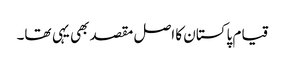
قیام پاکستان کا اصل مقصد بھی یہی تھا۔